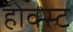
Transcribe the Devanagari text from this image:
होक्स्ट